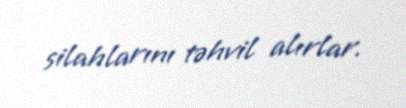
silahlarını təhvil alırlar.